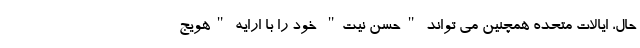
حال، ایالات متحده همچنین می تواند "حسن نیت" خود را با ارایه "هویج